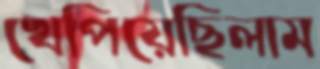
খেপিয়েছিলাম